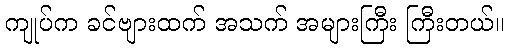
ကျုပ်က ခင်ဗျားထက် အသက် အများကြီး ကြီးတယ်။